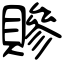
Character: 贂